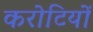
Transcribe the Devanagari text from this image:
करोटियों